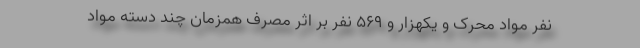
نفر مواد محرک و یکهزار و ۵۶۹ نفر بر اثر مصرف همزمان چند دسته مواد